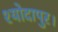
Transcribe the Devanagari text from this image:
श्योदापुर।